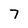
Character: 7